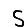
Digit: 5